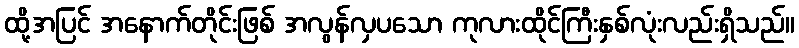
ထို့အပြင် အနောက်တိုင်းဖြစ် အလွန်လှပသော ကုလားထိုင်ကြီးနှစ်လုံးလည်းရှိသည်။